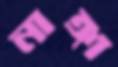
নাঙ্গা